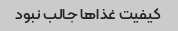
کیفیت غذا‌ها جالب نبود